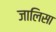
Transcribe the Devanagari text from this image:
जालिसा